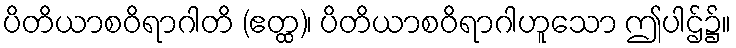
ပိတိယာစဝိရာဂါတိ (ဧတ္ထ)၊ ပိတိယာစဝိရာဂါဟူသော ဤပါဌ်၌။